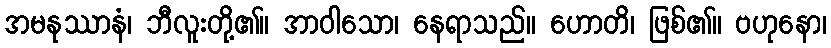
အမနုဿာနံ၊ ဘီလူးတို့၏။ အာဝါသော၊ နေရာသည်။ ဟောတိ၊ ဖြစ်၏။ ဗဟုနော၊